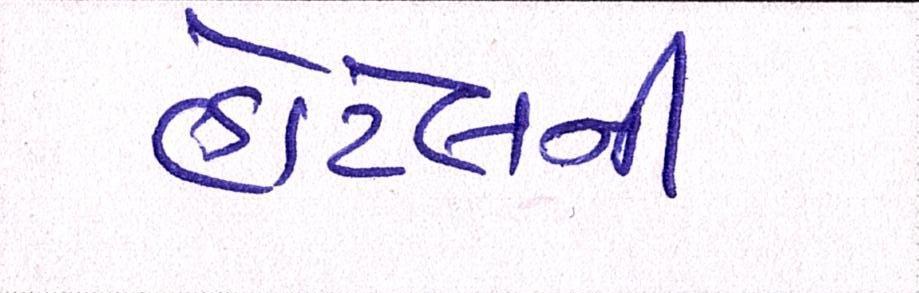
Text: હોટેલની